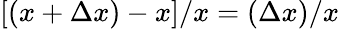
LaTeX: [(x+\Delta x)-x]/x=(\Delta x)/x